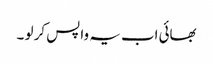
بھائی اب یہ واپس کر لو ۔